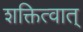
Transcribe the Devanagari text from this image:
शक्तित्वात्